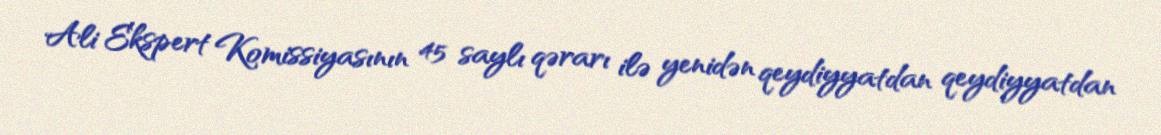
Ali Ekspert Komissiyasının 45 saylı qərarı ilə yenidən qeydiyyatdan qeydiyyatdan